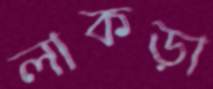
লাকড়া